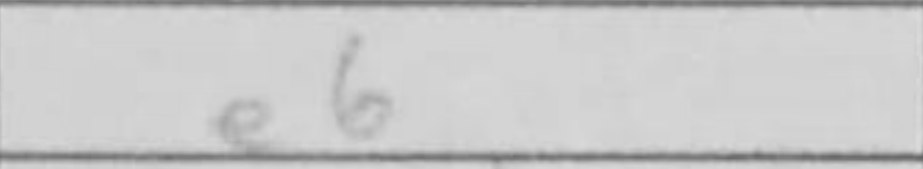
Transcription: e6